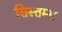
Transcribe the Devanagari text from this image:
सिस्तम्स